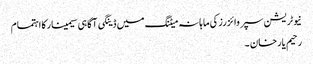
نیوٹریشن سپروائزرزکی ماہانہ میٹنگ میں ڈینگی آگاہی سیمینارکااہتمام
رحیم یارخان ۔